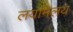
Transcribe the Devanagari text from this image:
लयमिलय